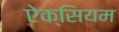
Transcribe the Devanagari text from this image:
ऐक्सियम